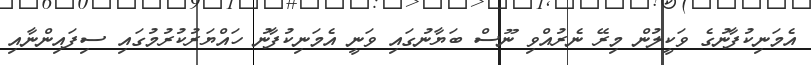
އެމަނިކުފާނުގެ ވަކީލުން މިރޭ ނެރުއްވި ނޫސް ބަޔާނުގައި ވަނީ އެމަނިކުފާނު ހައްޔަރުކުރުމުގައި ސިފައިންނާއި